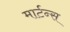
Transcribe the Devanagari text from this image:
मार्टन्स